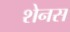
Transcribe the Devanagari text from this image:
शेनस